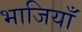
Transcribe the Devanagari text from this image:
भाजियाँ